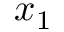
x _ { 1 }